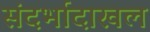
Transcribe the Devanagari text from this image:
संदर्भादाखल